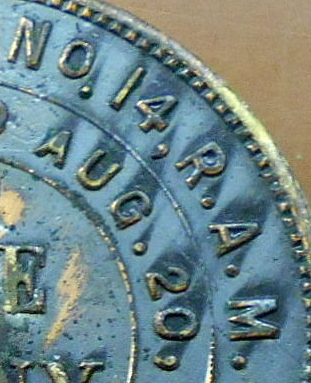
NO.14,R.A.M.